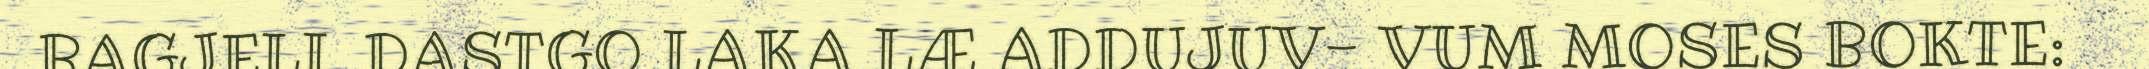
BAGJELI. DASTGO LAKA LÆ ADDUJUV- VUM MOSES BOKTE: